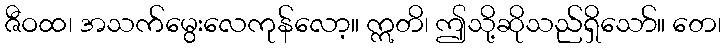
ဇီဝထ၊ အသက်မွေးလေကုန်လော့။ ဣတိ၊ ဤသို့ဆိုသည်ရှိသော်။ တေ၊